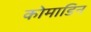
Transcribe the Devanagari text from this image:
कोमाडिन